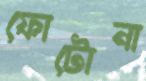
ফোটোনা